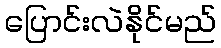
ပြောင်းလဲနိုင်မည်